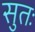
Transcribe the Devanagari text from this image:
सुतः